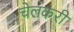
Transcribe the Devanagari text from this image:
चेलकरी